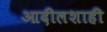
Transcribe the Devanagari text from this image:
आदीलशाही